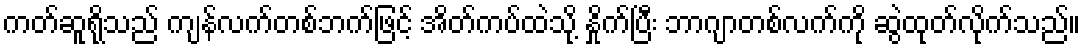
ကတ်ဆူရိုသည် ကျန်လက်တစ်ဘက်ဖြင့် အိတ်ကပ်ထဲသို့ နှိုက်ပြီး ဘာဂျာတစ်လက်ကို ဆွဲထုတ်လိုက်သည်။